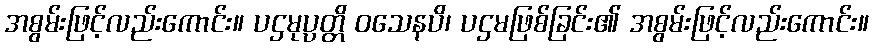
အစွမ်းဖြင့်လည်းကောင်း။ ပဌမုပ္ပတ္တိ ဝသေနပိ၊ ပဌမဖြစ်ခြင်း၏ အစွမ်းဖြင့်လည်းကောင်း။